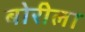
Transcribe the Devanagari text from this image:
बोरीला